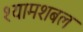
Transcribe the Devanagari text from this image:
श्यामशबल